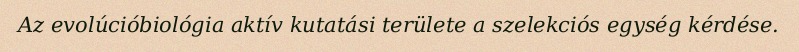
Az evolúcióbiológia aktív kutatási területe a szelekciós egység kérdése.